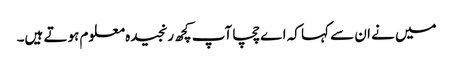
میں نے ان سے کہا کہ اے چچا آپ کچھ رنجیدہ معلوم ہوتے ہیں۔